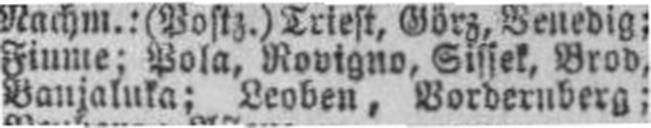
Banjaluka; Leoben, Vordernberg;